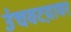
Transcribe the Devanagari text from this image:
उंचवटय़ावर